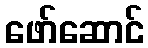
ဖော်ဆောင်